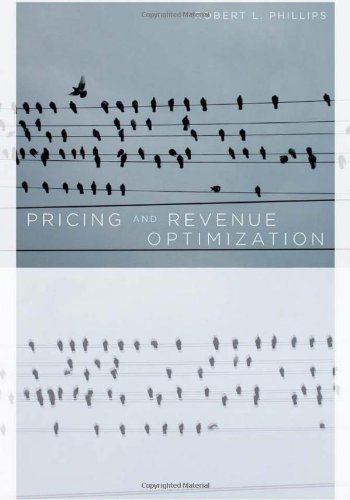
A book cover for Pricing and Revenue Optimization; Robert Phillips; Business & Money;